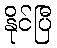
နိုင်ပြီ